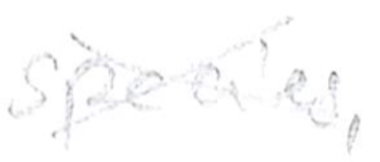
Text: species,
Cross-out: cross
Writing tool: pencil